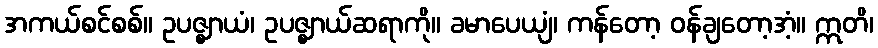
အကယ်စင်စစ်။ ဥပဇ္ဈာယံ၊ ဥပဇ္ဈာယ်ဆရာကို။ ခမာပေယျံ၊ ကန်တော့ ဝန်ချတော့အံ့။ ဣတိ၊